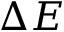
\Delta E